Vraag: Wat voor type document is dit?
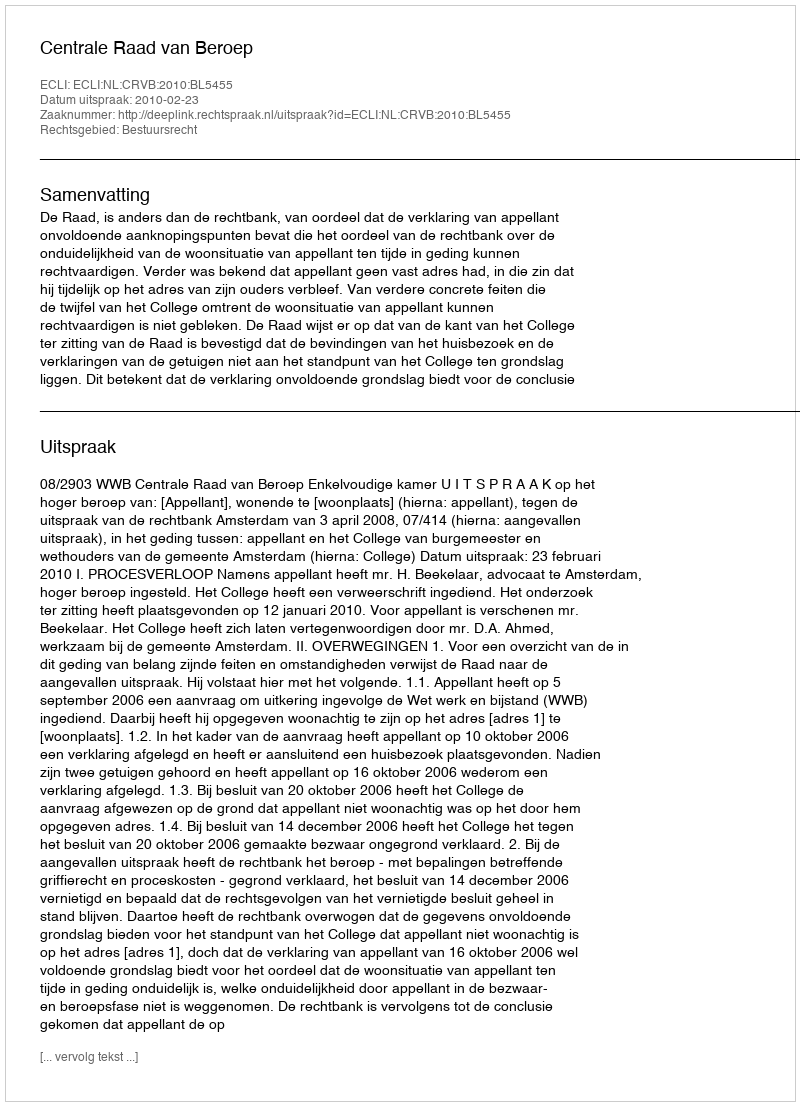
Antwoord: Uitspraak